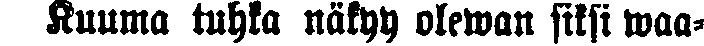
Kuuma tuhka näkyy olwwan siksi waa-